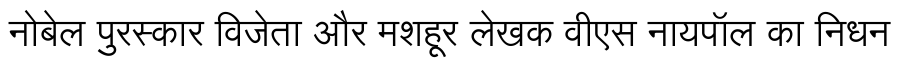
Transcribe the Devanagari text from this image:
नोबेल पुरस्कार विजेता और मशहूर लेखक वीएस नायपॉल का निधन